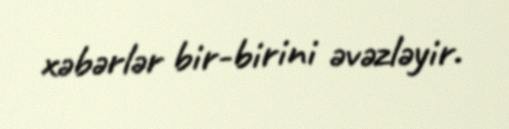
xəbərlər bir-birini əvəzləyir.